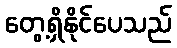
တွေ့ရှိနိုင်ပေသည်